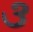
૩